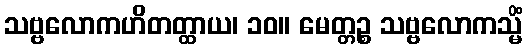
သဗ္ဗလောကဟိတတ္ထာယ၊ ၁၀။ မေတ္တဉ္စ သဗ္ဗလောကသ္မိံ